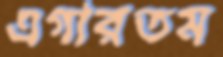
এগারতম